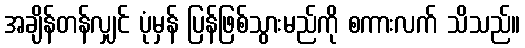
အချိန်တန်လျှင် ပုံမှန် ပြန်ဖြစ်သွားမည်ကို စကားလက် သိသည်။